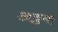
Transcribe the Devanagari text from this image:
अट्ठक